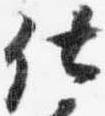
仕